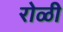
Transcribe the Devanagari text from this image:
रोळी